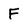
Character: F